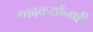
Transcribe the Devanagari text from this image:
गावकर्यांनाही